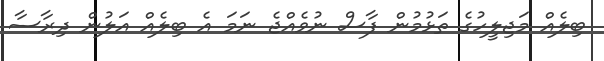
ބިލެއް މަޖިލީހުގެ ތަޅުމުން ފާސް ނުވެއްޖެ ނަމަ އެ ބިލެއް އަލުން ދިރާސާ